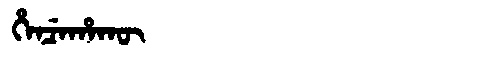
Manchu: ᡥᡝᠨᠴᡝᡥᠠᡴᡡ
Romanization: HENCEHAKŪ